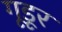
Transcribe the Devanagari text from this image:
गूडूर